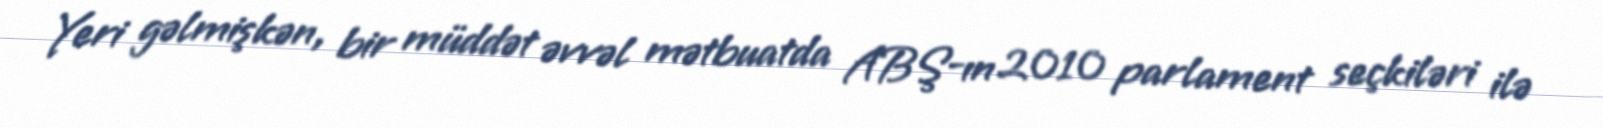
Yeri gəlmişkən, bir müddət əvvəl mətbuatda ABŞ-ın 2010 parlament seçkiləri ilə